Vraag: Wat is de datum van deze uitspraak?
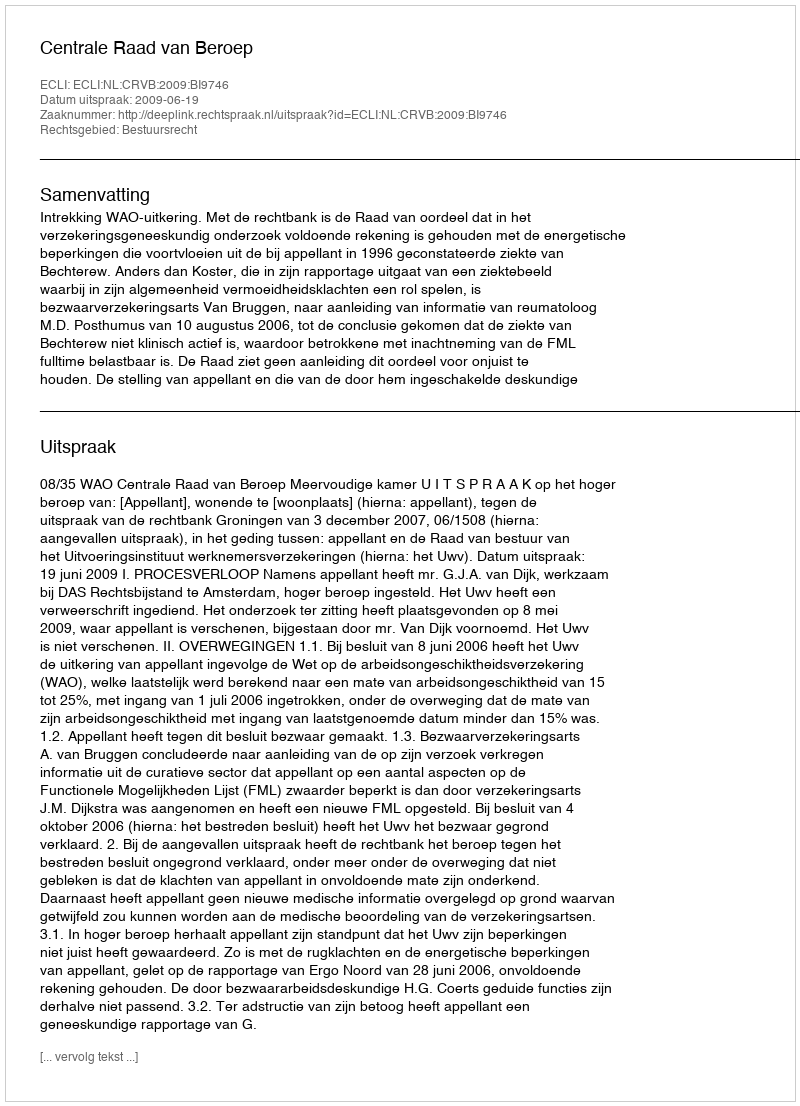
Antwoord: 2009-06-19